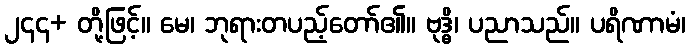
၂၄၄+ တို့ဖြင့်။ မေ၊ ဘုရားတပည့်တော်၏။ ဗုဒ္ဓိ၊ ပညာသည်။ ပရိဏာမံ၊